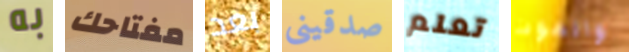
به مفتاحك بعد صدقينى تعلم والموت